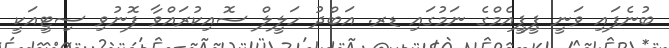
ބުނެފައި ވަނީ ޕީޕީއެމްގެ ނަމުގައި ޑރ. އަބްދު ހަލީލް ސޮއިކުރައްވާ ފޮނުވި ސިޓީއަކީ